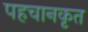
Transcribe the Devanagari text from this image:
पहचानकृत